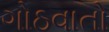
ગોઠવાતો